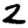
Digit: 2